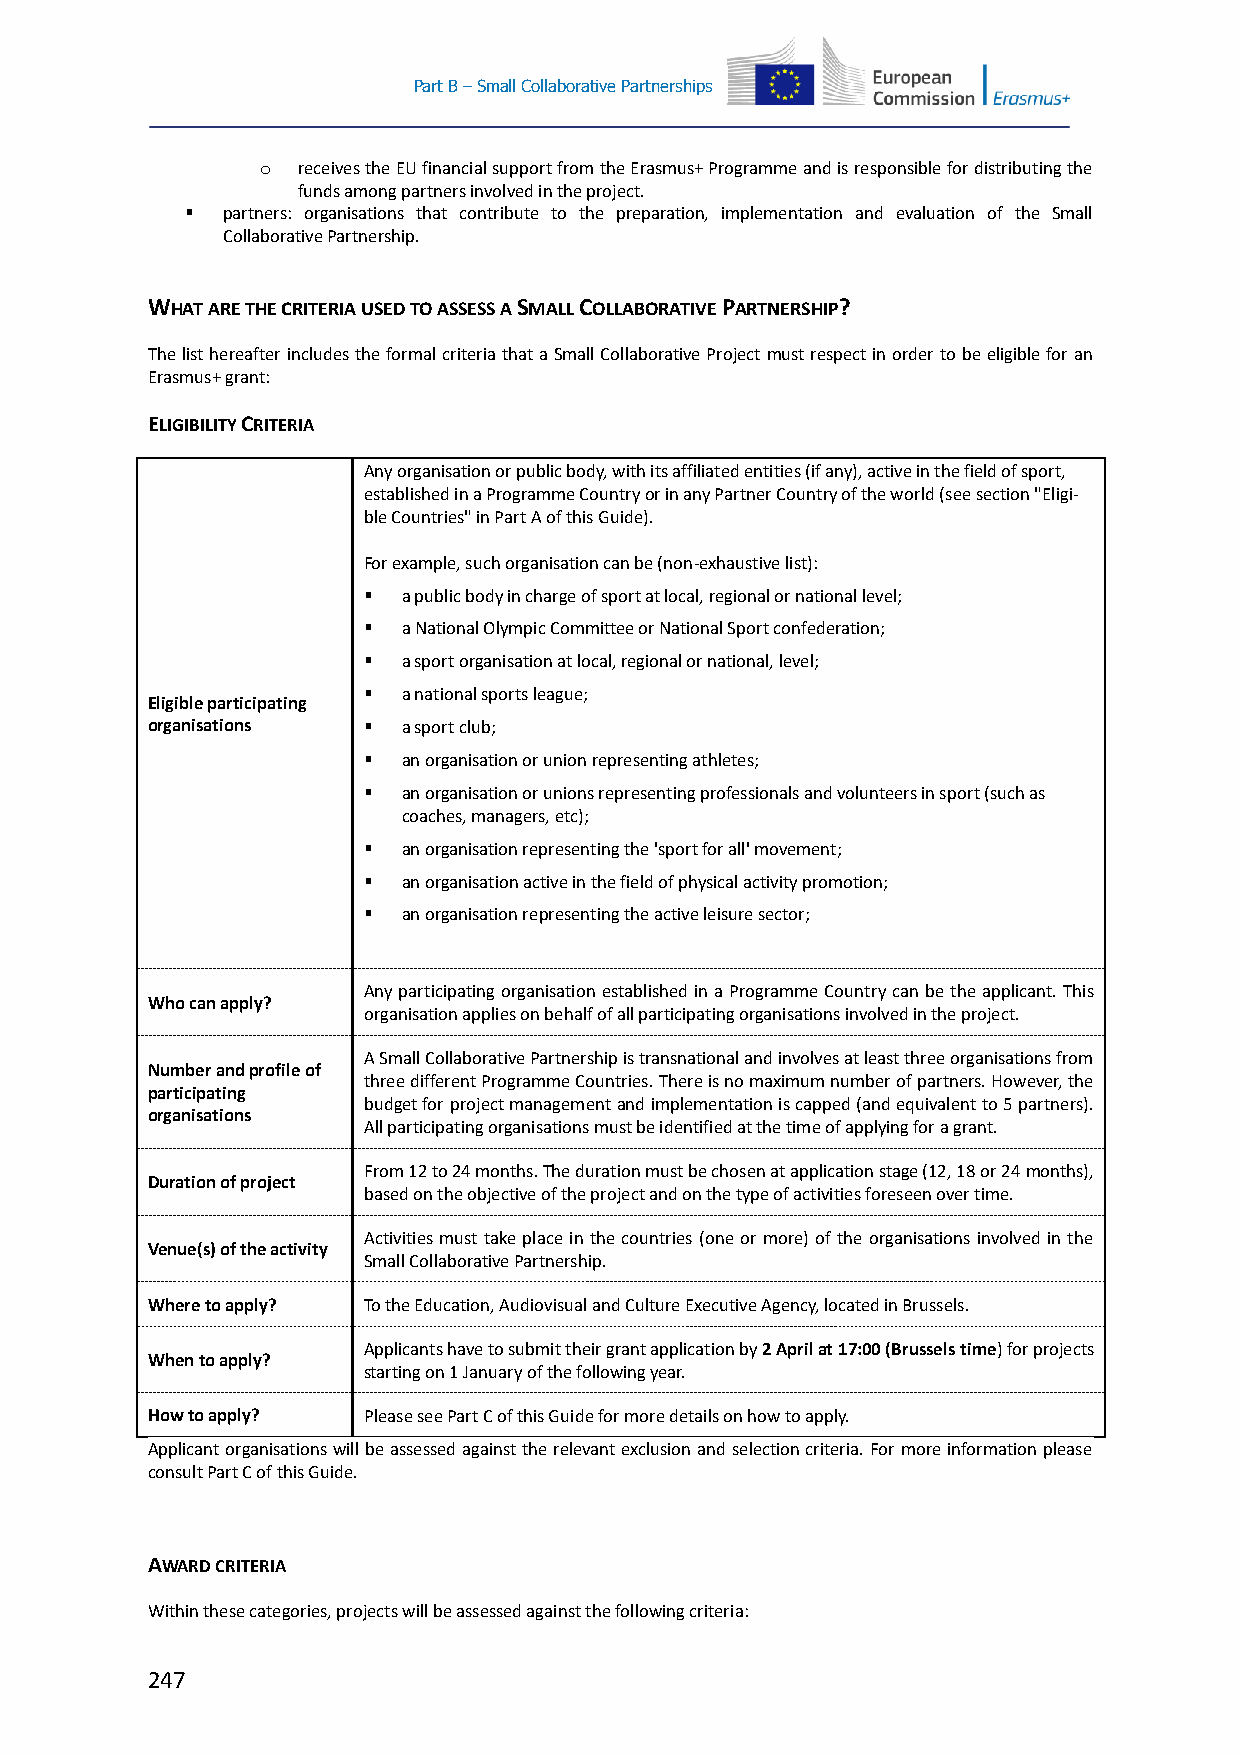
Part B – Small Collaborative Partnerships
 o  receives the EU financial support from the Erasmus+ Programme and is responsible for distributing the
 funds among partners involved in the project.
   partners: organisations that contribute to the preparation, implementation and evaluation of the Small
 Collaborative Partnership.
 WHAT ARE THE CRITERIA USED TO ASSESS A SMALL COLLABORATIVE PARTNERSHIP?
 The list hereafter includes the formal criteria that a Small Collaborative Project must respect in order to be eligible for an
 Erasmus+ grant:
 ELIGIBILITY CRITERIA
 Any organisation or public body, with its affiliated entities (if any), active in the field of sport,
 established in a Programme Country or in any Partner Country of the world (see section "Eligi-
 ble Countries" in Part A of this Guide).
 For example, such organisation can be (non-exhaustive list):
   a public body in charge of sport at local, regional or national level;
   a National Olympic Committee or National Sport confederation;
   a sport organisation at local, regional or national, level;
   a national sports league;
 Eligible participating
 organisations   a sport club;
   an organisation or union representing athletes;
   an organisation or unions representing professionals and volunteers in sport (such as
 coaches, managers, etc);
   an organisation representing the 'sport for all' movement;
   an organisation active in the field of physical activity promotion;
   an organisation representing the active leisure sector;
 Any participating organisation established in a Programme Country can be the applicant. This
 Who can apply?
 organisation applies on behalf of all participating organisations involved in the project.
 A Small Collaborative Partnership is transnational and involves at least three organisations from
 Number and profile of
 three different Programme Countries. There is no maximum number of partners. However, the
 participating
 budget for project management and implementation is capped (and equivalent to 5 partners).
 organisations
 All participating organisations must be identified at the time of applying for a grant.
 From 12 to 24 months. The duration must be chosen at application stage (12, 18 or 24 months),
 Duration of project
 based on the objective of the project and on the type of activities foreseen over time.
 Activities must take place in the countries (one or more) of the organisations involved in the
 Venue(s) of the activity
 Small Collaborative Partnership.
 Where to apply? To the Education, Audiovisual and Culture Executive Agency, located in Brussels.
 Applicants have to submit their grant application by 2 April at 17:00 (Brussels time) for projects
 When to apply?
 starting on 1 January of the following year.
 How to apply? Please see Part C of this Guide for more details on how to apply.
 Applicant organisations will be assessed against the relevant exclusion and selection criteria. For more information please
 consult Part C of this Guide.
 AWARD CRITERIA
 Within these categories, projects will be assessed against the following criteria:
 247